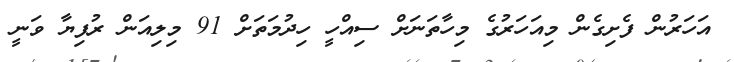
އަހަރުން ފެށިގެން މިއަހަރުގެ މިހާތަނަށް ސިއްހީ ހިދުމަތަށް 91 މިލިއަން ރުފިޔާ ވަނީ